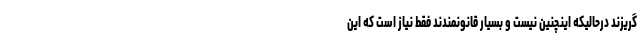
گریزند درحالیکه اینچنین نیست و بسیار قانونمندند فقط نیاز است که این